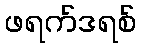
ဖရက်ဒရစ်